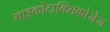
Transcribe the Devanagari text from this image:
माइकोटाक्सिकोजेज